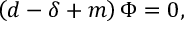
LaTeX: \left( d - \delta + m \right) \Phi = 0 ,